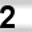
Digit: 2